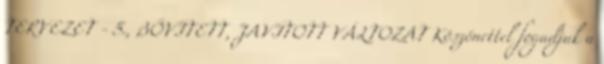
TERVEZET - 5., BŐVÍTETT, JAVÍTOTT VÁLTOZAT Köszönettel fogadjuk a